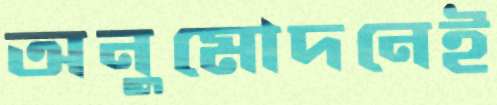
অনুমোদনেই